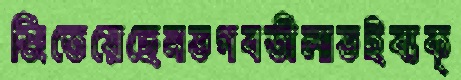
জিতেয়েছেনভগবতীলাভইব্যক্